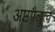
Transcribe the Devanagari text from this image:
अष्टपैलुत्व